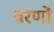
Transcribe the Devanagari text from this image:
वरणों